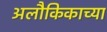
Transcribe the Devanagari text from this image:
अलौकिकाच्या